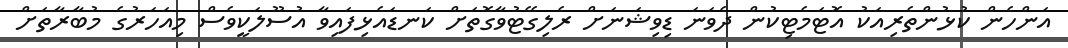
އަންހެން ކުޅުންތެރިއަކު އޮޓަމެޓިކުން ދެވަނަ ޑިވިޝަނަށް ރެލިގޭޓުވާގޮތަށް ކަނޑައެޅިފައިވާ އުސޫލަކީވެސް މިއަހަރުގެ މުބާރާތަށް